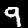
Digit: 9